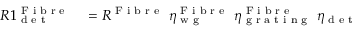
\begin{array} { r l } { R 1 _ { \textrm { d e t } } ^ { \textrm { F i b r e } } } & { { } = R ^ { \textrm { F i b r e } } \ \eta _ { \textrm { w g } } ^ { \textrm { F i b r e } } \ \eta _ { \textrm { g r a t i n g } } ^ { \textrm { F i b r e } } \ \eta _ { \textrm { d e t } } } \end{array}